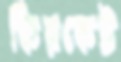
কিরকেট